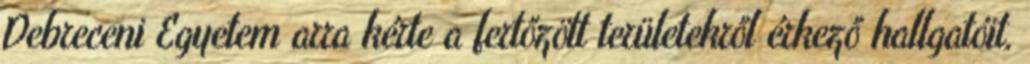
Debreceni Egyetem arra kérte a fertőzött területekről érkező hallgatóit,